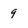
Character: 9